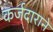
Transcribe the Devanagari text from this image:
कर्जदाराने